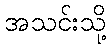
အသင်းသို့